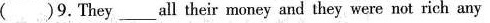
()9.They ___ all their money and they were not rich any